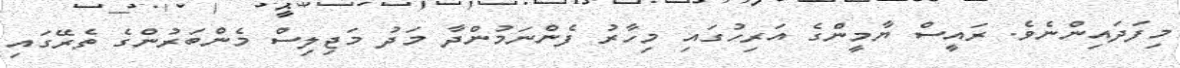
މިފަދައިންނެވެ. ރައީސް ޔާމީންގެ އަރިހުގައި މިހާރު ފެންނަމުންދާ މަދު މަޖިލިސް މެންބަރުންގެ ތެރޭގައި